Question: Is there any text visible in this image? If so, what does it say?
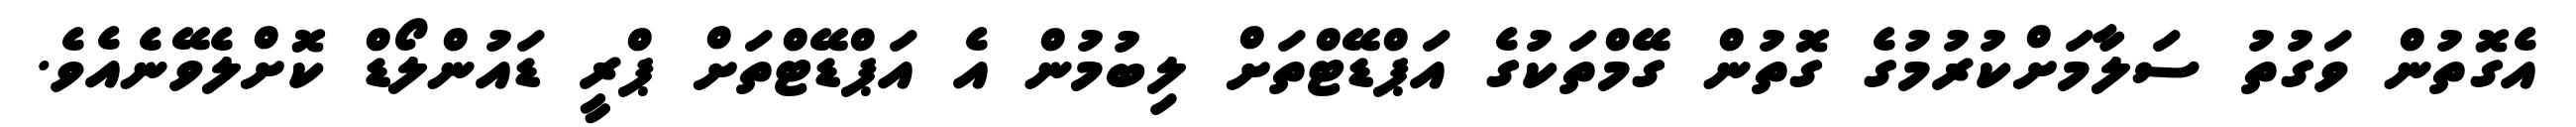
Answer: އެގޮތުން ވަގުތު ސަލާމަށްކުރުމުގެ ގޮތުން ގޭމްތަކުގެ އަޕްޑޭޓްތަށް ލިބުމުން އެ އަޕްޑޭޓްތަށް ޕްރީ ޑައުންލޯޑް ކޮށްލެވޭނެއެވެ.